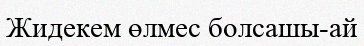
Жидекем өлмес болсашы-ай